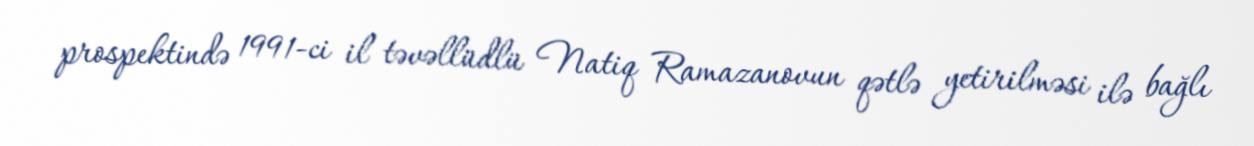
prospektində 1991-ci il təvəllüdlü Natiq Ramazanovun qətlə yetirilməsi ilə bağlı